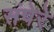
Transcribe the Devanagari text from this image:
संपेरे